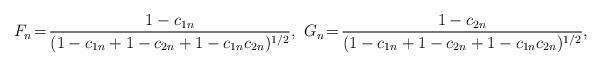
LaTeX: \begin{align*}F_n\!=\!\frac{1-c_{1n}}{(1-c_{1n}+1-c_{2n}+1-c_{1n}c_{2n})^{1/2}},\,\,G_n\!=\!\frac{1-c_{2n}}{(1-c_{1n}+1-c_{2n}+1-c_{1n}c_{2n})^{1/2}},\end{align*}